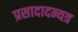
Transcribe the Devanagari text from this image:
प्रसादादन्यत्र